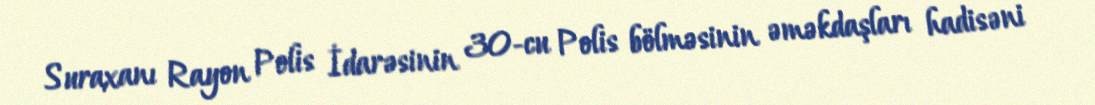
Suraxanı Rayon Polis İdarəsinin 30-cu Polis bölməsinin əməkdaşları hadisəni